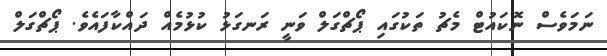
ނަމަވެސް ނޮކައުޓް މެޗު ތަކުގައި ޕޯޗްގަލް ވަނީ ރަނގަޅު ކުޅުމެއް ދައްކާފައެވެ. ޕޯޗްގަލް